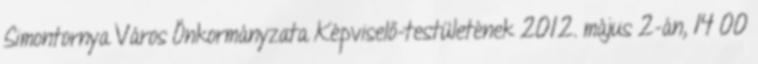
Simontornya Város Önkormányzata Képviselő-testületének 2012. május 2-án, 14 00